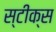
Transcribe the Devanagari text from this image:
स्टीक्स